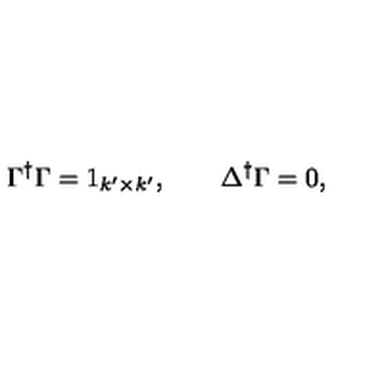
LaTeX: \Gamma ^ { \dag } \Gamma = 1 _ { k ^ { \prime } \times k ^ { \prime } } , \qquad \Delta ^ { \dag } \Gamma = 0 ,